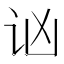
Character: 讻